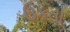
ઉકતા